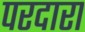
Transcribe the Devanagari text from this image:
परदारा